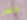
خاطر